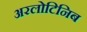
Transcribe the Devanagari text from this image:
अरलोटिनिब